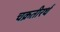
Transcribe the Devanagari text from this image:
चक्रतीरर्थ